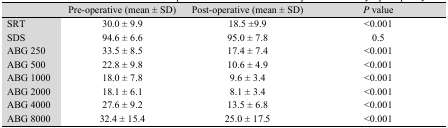
<table><thead><tr><td></td><td><b>Pre-operative (mean ± SD)</b></td><td><b>Post-operative (mean ± SD)</b></td><td><b><i>P</i> value</b></td></tr></thead><tbody><tr><td>SRT</td><td>30.0 ± 9.9</td><td>18.5 ±9.9</td><td>&lt;0.001</td></tr><tr><td>SDS</td><td>94.6 ± 6.6</td><td>95.0 ± 7.8</td><td>0.5</td></tr><tr><td>ABG 250</td><td>33.5 ± 8.5</td><td>17.4 ± 7.4</td><td>&lt;0.001</td></tr><tr><td>ABG 500</td><td>22.8 ± 9.8</td><td>10.6 ± 4.9</td><td>&lt;0.001</td></tr><tr><td>ABG 1000</td><td>18.0 ± 7.8</td><td>9.6 ± 3.4</td><td>&lt;0.001</td></tr><tr><td>ABG 2000</td><td>18.1 ± 6.1</td><td>8.1 ± 3.4</td><td>&lt;0.001</td></tr><tr><td>ABG 4000</td><td>27.6 ± 9.2</td><td>13.5 ± 6.8</td><td>&lt;0.001</td></tr><tr><td>ABG 8000</td><td>32.4 ± 15.4</td><td>25.0 ± 17.5</td><td>&lt;0.001</td></tr></tbody></table>